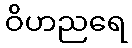
ဝိဟညရေ